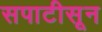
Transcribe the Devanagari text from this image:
सपाटीसून